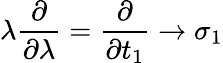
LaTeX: \lambda\frac{\partial}{\partial\lambda}=\frac{\partial}{\partial t_{1}}\rightarrow\sigma_{1}